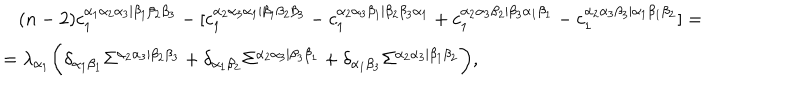
LaTeX: \begin{array} { l } { { \, \, \, \, \, ( n - 2 ) c _ { 1 } ^ { \alpha _ { 1 } \alpha _ { 2 } \alpha _ { 3 } | \beta _ { 1 } \beta _ { 2 } \beta _ { 3 } } - [ c _ { 1 } ^ { \alpha _ { 2 } \alpha _ { 3 } \alpha _ { 1 } | \beta _ { 1 } \beta _ { 2 } \beta _ { 3 } } - c _ { 1 } ^ { \alpha _ { 2 } \alpha _ { 3 } \beta _ { 1 } | \beta _ { 2 } \beta _ { 3 } \alpha _ { 1 } } + c _ { 1 } ^ { \alpha _ { 2 } \alpha _ { 3 } \beta _ { 2 } | \beta _ { 3 } \alpha _ { 1 } \beta _ { 1 } } - c _ { 1 } ^ { \alpha _ { 2 } \alpha _ { 3 } \beta _ { 3 } | \alpha _ { 1 } \beta _ { 1 } \beta _ { 2 } } ] = } } \\ { { = \lambda _ { \alpha _ { 1 } } \biggl ( \delta _ { \alpha _ { 1 } \beta _ { 1 } } \Sigma ^ { \alpha _ { 2 } \alpha _ { 3 } | \beta _ { 2 } \beta _ { 3 } } + \delta _ { \alpha _ { 1 } \beta _ { 2 } } \Sigma ^ { \alpha _ { 2 } \alpha _ { 3 } | \beta _ { 3 } \beta _ { 1 } } + \delta _ { \alpha _ { 1 } \beta _ { 3 } } \Sigma ^ { \alpha _ { 2 } \alpha _ { 3 } | \beta _ { 1 } \beta _ { 2 } } \biggr ) , } } \\ \end{array}